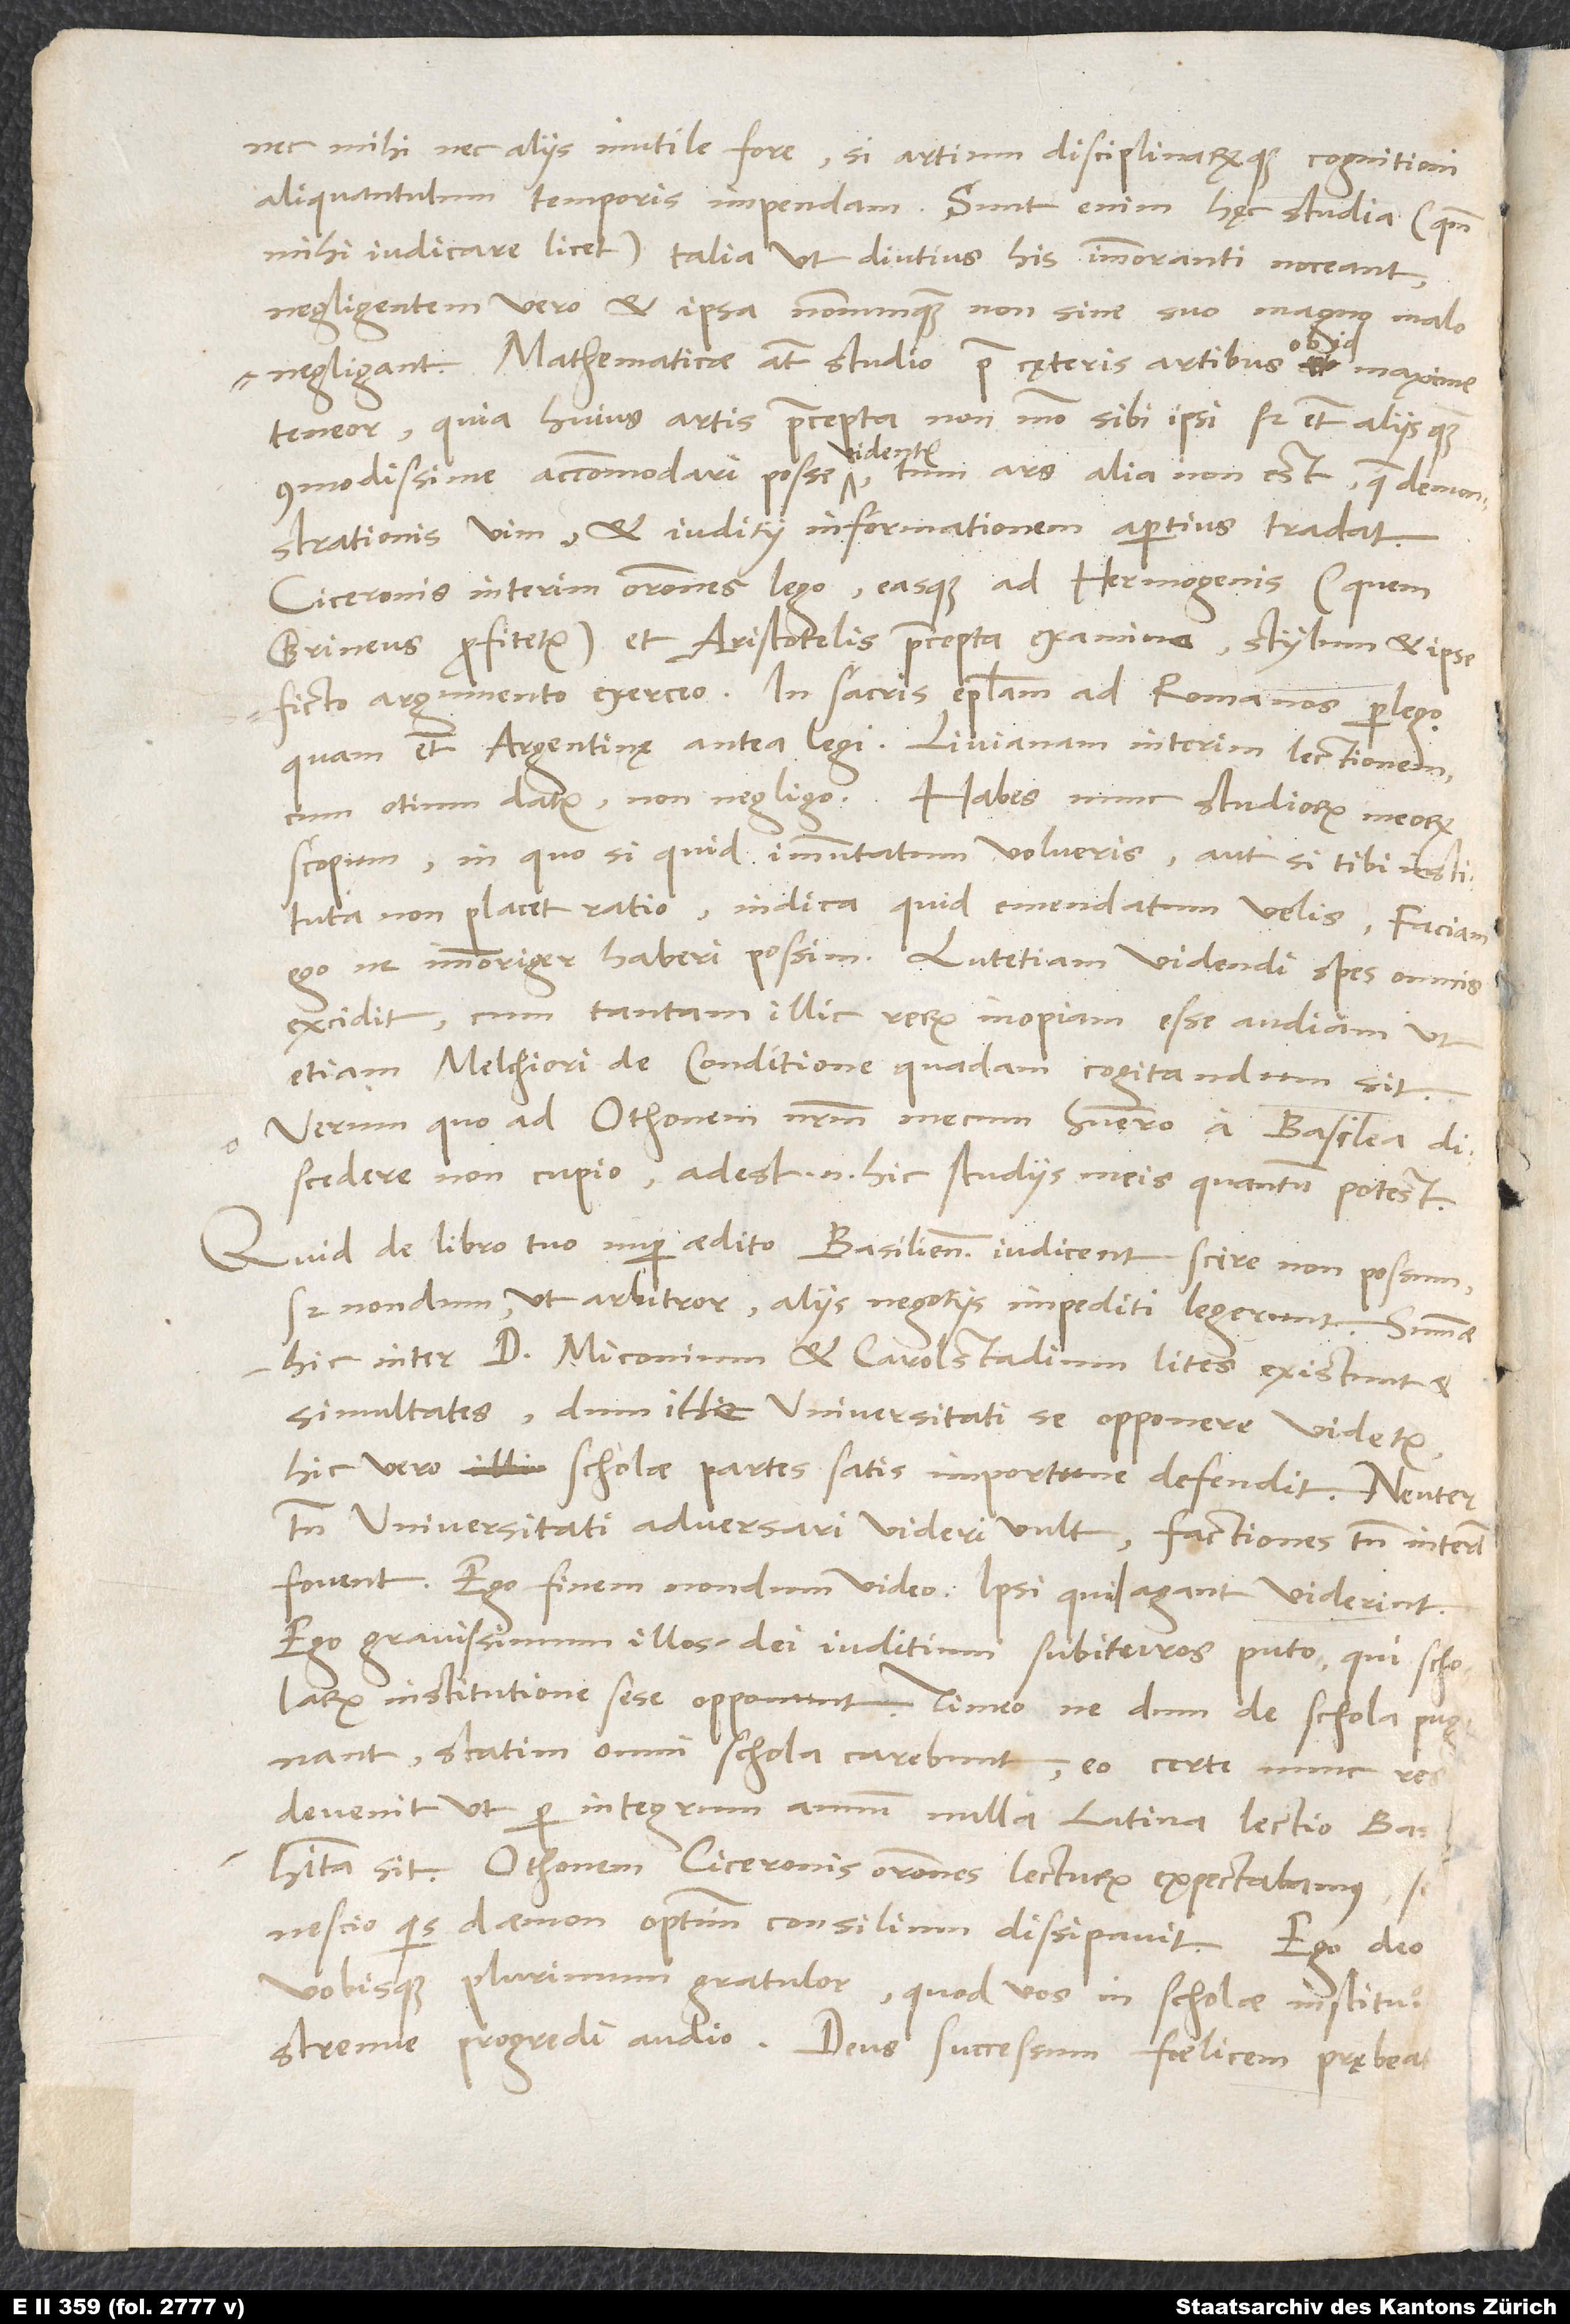
nec mihi nec aliis inutile fore, si artium disciplinarumque cognitioni
aliquantulum temporis impendam. Sunt enim hęc studia (quantum
mihi iudicare licet) talia, ut diutius his immoranti noceant,
negligentem vero et ipsa nonnunquam non sine suo magno malo
ob
negligant. Mathematicae autem studio prae cęteris artibus ob id maxime
teneor, quia huius artis praecepta non modo sibi ipsi, sed etiam aliis quam
commodissime accommodari posse videntur; tum ars alia non est, quae
demonstrationis vim et iuditii informationem apertius tradat.
Ciceronis interim orationes lego easque ad Hermogenis (quem
Grineus profitetur) et Aristotelis praecepta examino; stylum et ipse
ficto argumento exerceo. In sacris epistolam ad Romanos perlego,
quam etiam Argentinę antea legi. Livianam interim lectionem,
cum otium datur, non negligo. Habes nunc studiorum meorum
scopum; in quo si quid immutatum volueris aut si tibi instituta
non placet ratio, indica, quid emendatum velis. Faciam
ego, ne immoriger haberi possim. Lutetiam videndi spes omnis
excidit, cum tantam illic rerum inopiam esse audiam, ut
etiam Melchiori de conditione quadam cogitandum sit.
Verum quoad Othonem nostrum mecum habuero, a Basilea
discedere non cupio; adest enim hic studiis meis, quantum potest.
Quid de libro tuo nuper aedito Basilienses iudicent, scire non possum;
sed nondum, ut arbitror, aliis negotiis impediti legerunt. Summae
hic inter d. Miconium et Carolstadium lites existunt et
simultates, dum ille universitati se opponere videtur,
hic vero scholae partes satis importune defendit. Neuter
tamen universitati adversari videri vult; factiones tamen interim
Ego finem nondum video; ipsi, quid agant, viderint.
Ego gravissimum illos dei iuditium subituros puto, qui scholarum
statim omni schola carebunt. Eo certe nunc res
devenit, ut per integrum annum nulla Latina lectio Basileę
habita sit. Othonem Ciceronis orationes lecturum expectabamus; sed
nescio quis daemon optimum consilium dissipavit. Ego deo
vobisque plurimum gratulor, quod vos in scholae institutione
strenue progredi audio. Deus successum foelicem prębeat.